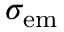
\sigma _ { \mathrm { e m } }